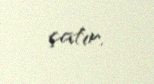
çatır.